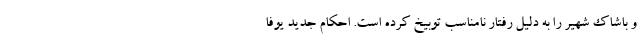
و باشاک شهیر را به دلیل رفتار نامناسب توبیخ کرده است. احکام جدید یوفا